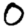
Digit: 0